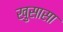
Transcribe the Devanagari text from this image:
खुसासा